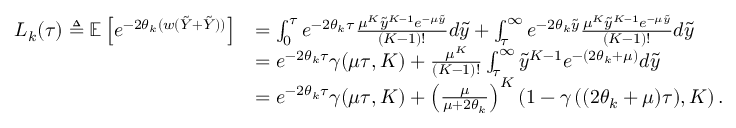
\begin{array} { r l } { L _ { k } ( \tau ) \triangleq \mathbb { E } \left[ e ^ { - 2 \theta _ { k } ( w ( \tilde { Y } + \tilde { Y } ) ) } \right] } & { = \int _ { 0 } ^ { \tau } e ^ { - 2 \theta _ { k } \tau } \frac { \mu ^ { K } \tilde { y } ^ { K - 1 } e ^ { - \mu \tilde { y } } } { ( K - 1 ) ! } d \tilde { y } + \int _ { \tau } ^ { \infty } e ^ { - 2 \theta _ { k } \tilde { y } } \frac { \mu ^ { K } \tilde { y } ^ { K - 1 } e ^ { - \mu \tilde { y } } } { ( K - 1 ) ! } d \tilde { y } } \\ & { = e ^ { - 2 \theta _ { k } \tau } \gamma ( \mu \tau , K ) + \frac { \mu ^ { K } } { ( K - 1 ) ! } \int _ { \tau } ^ { \infty } \tilde { y } ^ { K - 1 } e ^ { - ( 2 \theta _ { k } + \mu ) } d \tilde { y } } \\ & { = e ^ { - 2 \theta _ { k } \tau } \gamma ( \mu \tau , K ) + \left( \frac { \mu } { \mu + 2 \theta _ { k } } \right) ^ { K } ( 1 - \gamma \left( ( 2 \theta _ { k } + \mu ) \tau ) , K \right) . } \end{array}